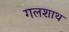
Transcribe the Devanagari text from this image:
गलशाथ